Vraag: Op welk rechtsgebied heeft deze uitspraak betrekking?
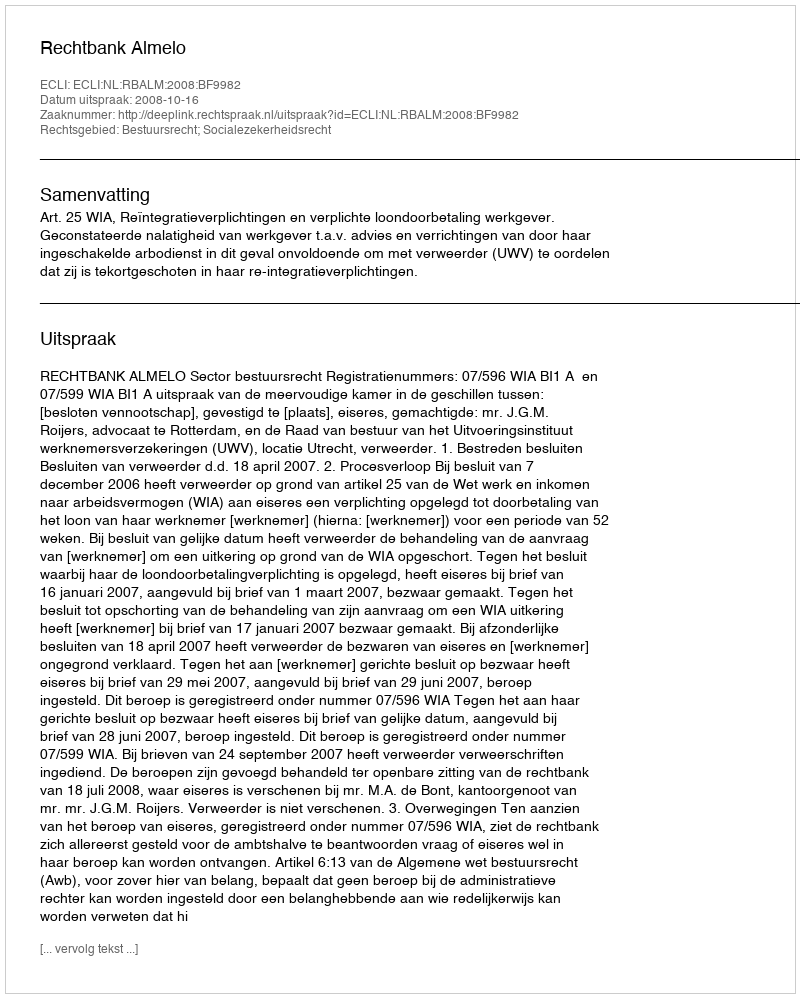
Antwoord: Bestuursrecht; Socialezekerheidsrecht